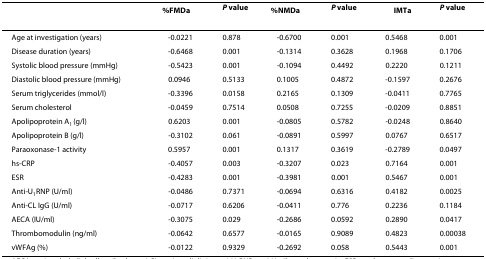
<table><thead><tr><td></td><td><b>%FMD<sup>a</sup></b></td><td><b><i>P </i>value</b></td><td><b>%NMD<sup>a</sup></b></td><td><b><i>P </i>value</b></td><td><b>IMT<sup>a</sup></b></td><td><b><i>P </i>value</b></td></tr></thead><tbody><tr><td>Age at investigation (years)</td><td>-0.0221</td><td>0.878</td><td>-0.6700</td><td>0.001</td><td>0.5468</td><td>0.001</td></tr><tr><td>Disease duration (years)</td><td>-0.6468</td><td>0.001</td><td>-0.1314</td><td>0.3628</td><td>0.1968</td><td>0.1706</td></tr><tr><td>Systolic blood pressure (mmHg)</td><td>-0.5423</td><td>0.001</td><td>-0.1094</td><td>0.4492</td><td>0.2220</td><td>0.1211</td></tr><tr><td>Diastolic blood pressure (mmHg)</td><td>0.0946</td><td>0.5133</td><td>0.1005</td><td>0.4872</td><td>-0.1597</td><td>0.2676</td></tr><tr><td>Serum triglycerides (mmol/l)</td><td>-0.3396</td><td>0.0158</td><td>0.2165</td><td>0.1309</td><td>-0.0411</td><td>0.7765</td></tr><tr><td>Serum cholesterol</td><td>-0.0459</td><td>0.7514</td><td>0.0508</td><td>0.7255</td><td>-0.0209</td><td>0.8851</td></tr><tr><td>Apolipoprotein A<sub>1 </sub>(g/l)</td><td>0.6203</td><td>0.001</td><td>-0.0805</td><td>0.5782</td><td>-0.0248</td><td>0.8640</td></tr><tr><td>Apolipoprotein B (g/l)</td><td>-0.3102</td><td>0.061</td><td>-0.0891</td><td>0.5997</td><td>0.0767</td><td>0.6517</td></tr><tr><td>Paraoxonase-1 activity</td><td>0.5957</td><td>0.001</td><td>0.1317</td><td>0.3619</td><td>-0.2789</td><td>0.0497</td></tr><tr><td>hs-CRP</td><td>-0.4057</td><td>0.003</td><td>-0.3207</td><td>0.023</td><td>0.7164</td><td>0.001</td></tr><tr><td>ESR</td><td>-0.4283</td><td>0.001</td><td>-0.3981</td><td>0.001</td><td>0.5467</td><td>0.001</td></tr><tr><td>Anti-U<sub>1</sub>RNP (U/ml)</td><td>-0.0486</td><td>0.7371</td><td>-0.0694</td><td>0.6316</td><td>0.4182</td><td>0.0025</td></tr><tr><td>Anti-CL IgG (U/ml)</td><td>-0.0717</td><td>0.6206</td><td>-0.0411</td><td>0.776</td><td>0.2236</td><td>0.1184</td></tr><tr><td>AECA (IU/ml)</td><td>-0.3075</td><td>0.029</td><td>-0.2686</td><td>0.0592</td><td>0.2890</td><td>0.0417</td></tr><tr><td>Thrombomodulin (ng/ml)</td><td>-0.0642</td><td>0.6577</td><td>-0.0165</td><td>0.9089</td><td>0.4823</td><td>0.00038</td></tr><tr><td>vWFAg (%)</td><td>-0.0122</td><td>0.9329</td><td>-0.2692</td><td>0.058</td><td>0.5443</td><td>0.001</td></tr></tbody></table>